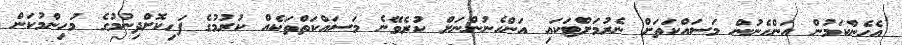
އެހެންކަމުން އަންހެނުން މަސައްކަތަށް ނެރުމަށްޓަކައި އަންހެނުންނަށް ކުރެވޭނެ މަސައްކަތްތަކެއް ކުރުމުގެ ފަހިކޮށްދިނުމުގެ މުހިންމުކަން